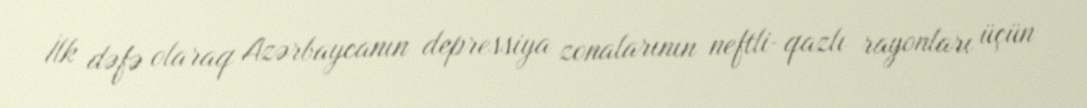
İlk dəfə olaraq Azərbaycanın depressiya zonalarının neftli-qazlı rayonları üçün